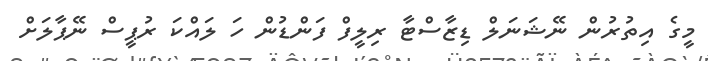
މީގެ އިތުރުން ނޭޝަނަލް ޑިޒާސްޓާ ރިލީފް ފަންޑުން ހަ ލައްކަ ރުޕީސް ނޭޕާލަށް